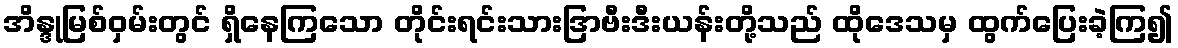
အိန္ဒုမြစ်ဝှမ်းတွင် ရှိနေကြသော တိုင်းရင်းသားဒြာဗီးဒီးယန်းတို့သည် ထိုဒေသမှ ထွက်ပြေးခဲ့ကြ၍